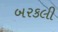
બરકલી